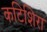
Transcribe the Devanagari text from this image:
कटिशिरा